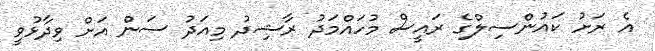
އެ ރަށު ކައުންސިލްގެ ރައީސް މުހައްމަދު ރާޝިދު މިއަދު ސަން އަށް ވިދާޅުވީ